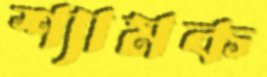
শ্যামক